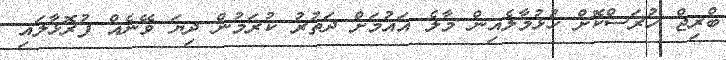
ބްރިޖް ހުރަސްކޮށް ހުޅުމާލެއިން މާލެ އައުމަށް ދަތުރު ކުރަމުން ދިޔަ ވޭނެއް ފުރޮޅާލައި